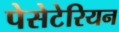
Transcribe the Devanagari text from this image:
पेसेटेरियन